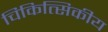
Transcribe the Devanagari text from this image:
चिकित्सिकीय